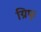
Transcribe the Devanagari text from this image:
ग्रिफ्